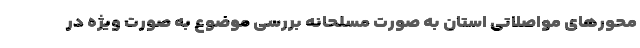
محورهای مواصلاتی استان به صورت مسلحانه بررسی موضوع به صورت ویژه در